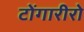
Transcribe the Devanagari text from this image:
टोंगारीरो